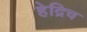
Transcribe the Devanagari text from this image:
हेद्रिच